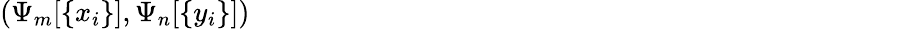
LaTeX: \left(\Psi_{m}[\{ x_{i}\} ],\Psi_{n}[\{ y_{i}\} ]\right)~~~~~~~~~~~~~~~~~~~~~~~~~~~~~~~~~~~~~~~~~~~~~~~~~~~~~~~~~~~~~~~~~~~~~~~~~~~~~~~~~~~~~~~~~~~~~~